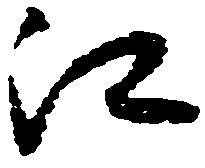
江